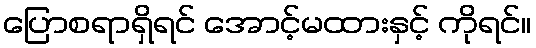
ပြောစရာရှိရင် အောင့်မထားနှင့် ကိုရင်။